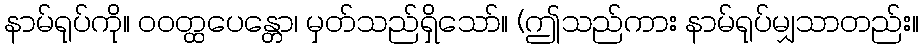
နာမ်ရုပ်ကို။ ဝဝတ္ထပေန္တော၊ မှတ်သည်ရှိသော်။ (ဤသည်ကား နာမ်ရုပ်မျှသာတည်း။